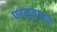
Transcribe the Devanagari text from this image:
परमूत्राशय